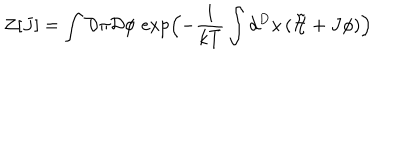
{ \cal Z } \lbrack J \rbrack = \int { \cal D } \pi { \cal D } \phi \, \exp \Bigl ( - \frac { 1 } { k T } \int d ^ { D } x \, ( { \tilde { { \cal H } } } + J \phi ) \Bigr )